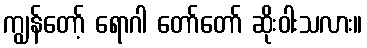
ကျွန်တော့် ရောဂါ တော်တော် ဆိုးဝါးသလား။